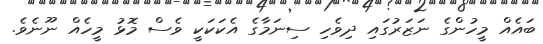
ބައެއް މީހުންގެ ނަޒަރުގައި ދިވެހި ސިނަމާގެ އެކަކަކީ ވެސް މޮޅު މީހެއް ނޫނެވެ.